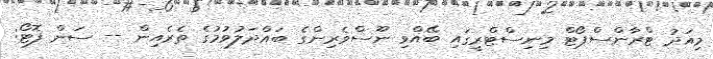
މިއަދު ޓްރާންސްޕޯޓް މިނިސްޓްރީގައި ބޭއްވި ނޫސްވެރިންގެ ބައްދަލުވުމުގެ ތެރެއިން -- ސަން ފޮޓޯ: